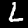
Digit: 2